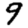
Digit: 9